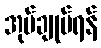
အုပ်ချုပ်ရန်